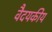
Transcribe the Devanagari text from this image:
वैदयकीय